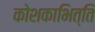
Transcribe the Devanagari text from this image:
कोशकाभित्ति